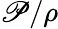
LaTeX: \mathscr{P}/\rho